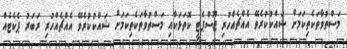
މަސްތުވާތަކެތިކަމަށް ޝައްކުކުރެވޭ އެއްޗެއްހުރި ޖޫސްޕެޓީ ކޮތަޅަކާއި މަސްތުވާތަކެތިކަމަށް ޝައްކުކުރެވޭ އެއްޗެއްހުރި ރަބަރު ޕެކެޓެއް